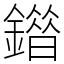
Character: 䥘